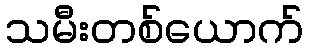
သမီးတစ်ယောက်